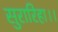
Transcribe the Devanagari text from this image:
सुरारिहा।।